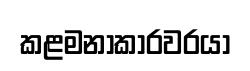
කළමනාකාරවරයා